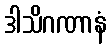
ဒါသိဂဏာနံ